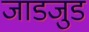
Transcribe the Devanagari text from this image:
जाडजुड